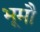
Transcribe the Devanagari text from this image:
भूमौ